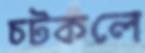
চটকলে